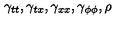
\gamma _ { t t } , \gamma _ { t x } , \gamma _ { x x } , \gamma _ { \phi \phi } , \rho